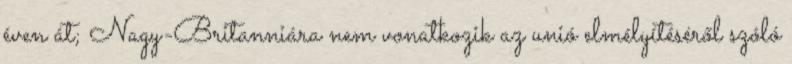
éven át; Nagy-Britanniára nem vonatkozik az unió elmélyítéséről szóló